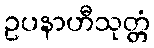
ဥပနာဟီသုတ္တံ